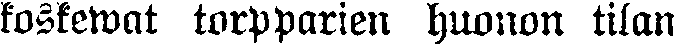
koskewat torpparien huonon tilan